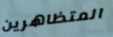
المتظاهرين